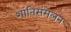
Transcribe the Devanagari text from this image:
शांतिसंमेलन